Lock hospitals Punjab
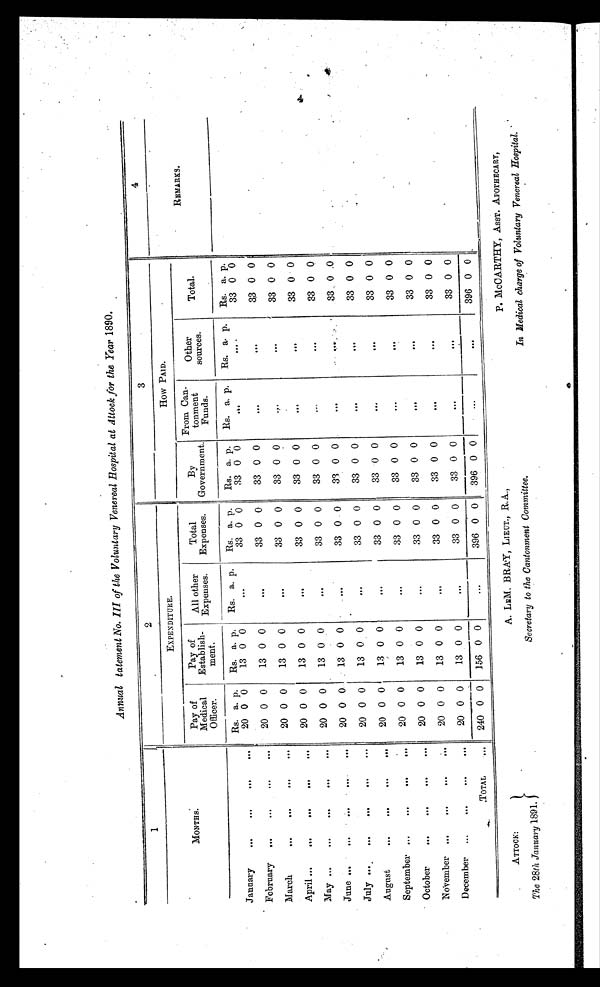
ATTOCK:
The 28th January 1891.
A. LEM. BRAY, LIEUT., R.A.,
Secretary to the Cantonment Committee.
P. McCARTHY, ASST. APOTHECARY,
In Medical charge of Voluntary Venereal Hospital.
4
Annual tatement No. III of the Voluntary Venereal Hospital at Attock for the Year 1890.
1
2
3
4
MONTHS.
EXPENDITURE.
How PAID.
REMARKS.
Pay of
Medical
Officer.
Pay of
Establish-
went.
All other
Expenses.
Total
Expenses.
By
Government.
From Can-
tonment
Funds.
Other
sources.
Total.
Rs. a. p. Rs. a. p. Rs. a. p. Rs. a. p. Rs. a. p. Rs. a. p. Rs. a. p. Rs. a. p.
January
...
...
...
...
20
,
0 0
13 0 0
. . .
33 0 0
33 0 0
. . .
. . . 33 0 0
February ... ...
...
...
20 0 0
13 0 0
...
33 0 0
33 0 0
. . .
. . . 33 0 0
March
...
...
...
...
20 0 0
13 0 0
. . .
33 0 0
33 0 0
. . .
. . . 33 0 0
April ...
...
...
...
...
20 0 0
13 0 0
. . .
33 0 0
33 0 0
. . . ...
33 0 0
May ...
...
...
...
...
20 0 0
13 0 0
...
33 0 0
33 0 0
...
. . . 33 0 0
June ... ...
... ... ...
20 0 0 13 0 0
. . .
33 0 0
33 0 0
...
...
33 0 0
July ... ... ... ... ... . . . 20 0 0
13 0 0
. . .
33 0 0
33 0 0
...
...
33 0 0
August
...
...
...
...
20 0 0
13 0 0
...
33 0 0
33 0 0
...
. . . 33 0 0
September ...
...
...
...
20 0 0
13 0 0
...
33 0 0
33 0 0
. . . ...
33 0 0
October
...
...
...
...
20 0 0
13 0 0
. . .
33 0 0
33 0 0
. . .
. . . 33 0 0
November ... ...
...
...
20 0 0 13 0 0
...
33 0 0
33 0 0
. . .
. . . 33 0 0
December ...
...
...
...
20 0 0
13 0 0
...
33 0 0
33 0 0
...
. . . 33 0 0
TOTAL ... 240 0 0 156 0 0
. . .
396 0 0 396 0 0
...
. . . 396 0 0